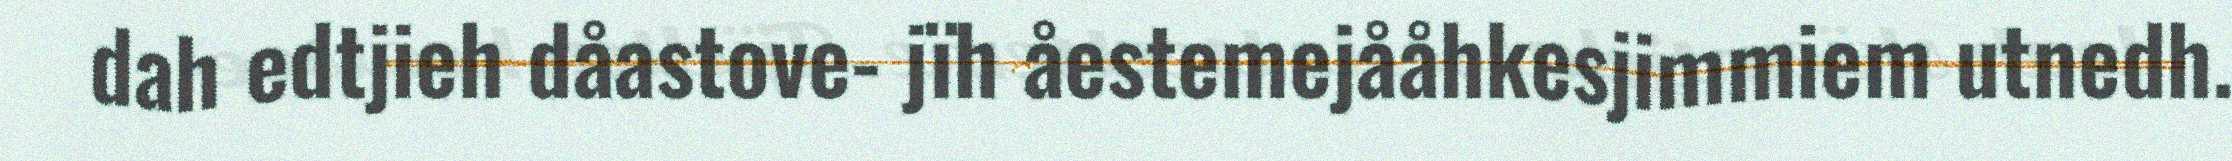
dah edtjieh dåastove- jïh åestemejååhkesjimmiem utnedh.